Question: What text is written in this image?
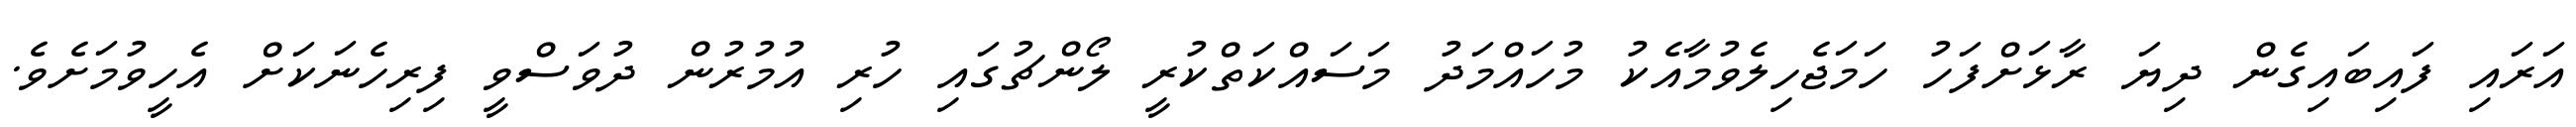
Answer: އަރައި ފައިބައިގެން ދިޔަ ރާޅަށްފަހު ހަމަޖެހިލެވުމާއެކު މުހައްމަދު މަސައްކަތްކުރީ ލޯންޗުގައި ހުރި އުމުރުން ދުވަސްވީ ފިރިހެނަކަށް އެހީވުމަށެވެ.